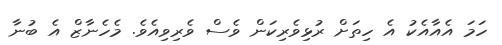
ހަމަ އެއާއެކު އެ ހިތަށް ރުޅިވެރިކަން ވެސް ވެރިވިއެވެ. މެހެނާޒް އެ ބުނާ